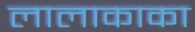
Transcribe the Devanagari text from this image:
लालाकाका